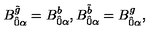
B _ { \hat { 0 } \alpha } ^ { \tilde { g } } = B _ { \hat { 0 } \alpha } ^ { b } , B _ { \hat { 0 } \alpha } ^ { \tilde { b } } = B _ { \hat { 0 } \alpha } ^ { g } ,